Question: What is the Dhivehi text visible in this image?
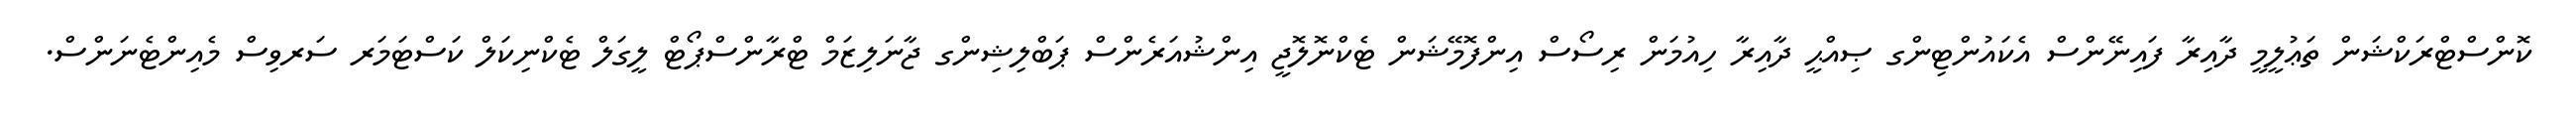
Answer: ކޮންސްޓްރަކްޝަން ތަޢުލީމީ ދާއިރާ ފައިނޭންސް އެކައުންޓިންގ ޞިއްޙީ ދާއިރާ ހިއުމަން ރިސޯސް އިންފޮމޭޝަން ޓެކްނޮލޮޖީ އިންޝުއަރެންސް ޕަބްލިޝިންގ ޖާނަލިޒަމް ޓްރާންސްޕޯޓް ލީގަލް ޓެކްނިކަލް ކަސްޓަމަރ ސަރވިސް މެއިންޓެނަންސް.